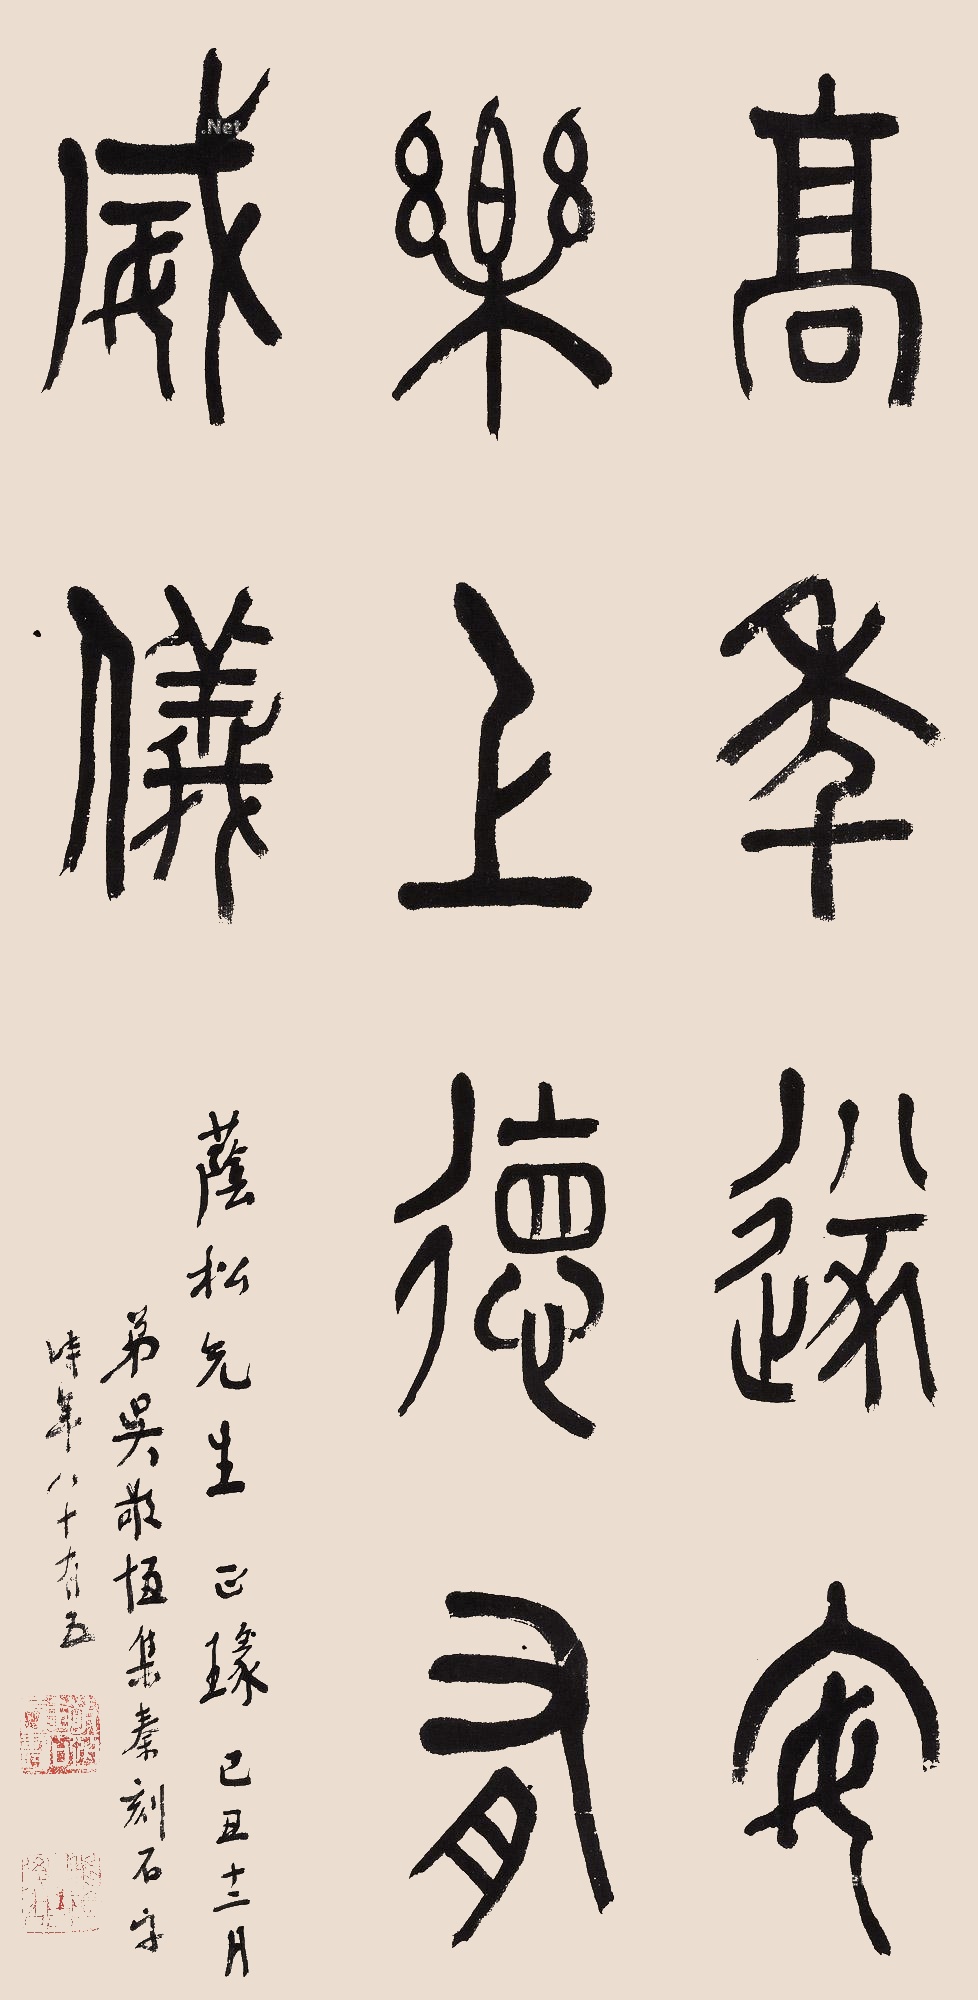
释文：高年遂安乐，上德有威仪。荫松先生正篆，己丑十二月，弟吴敬恒集秦刻石字，时年八十有五。